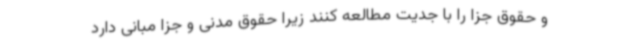
و حقوق جزا را با جدیت مطالعه کنند زیرا حقوق مدنی و جزا مبانی دارد